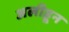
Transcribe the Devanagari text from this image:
अलीहून